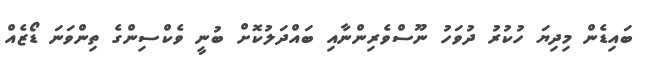
ބައިޑެން މިދިޔަ ހުކުރު ދުވަހު ނޫސްވެރިންނާއި ބައްދަލުކޮށް ބުނީ ވެކްސިންގެ ތިންވަނަ ޑޯޒެއް